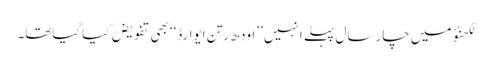
لکھنؤ میں چار سال پہلے انہیں ’’اودھ رتن ایوارڈ‘‘بھی تفویض کیاگیاتھا۔